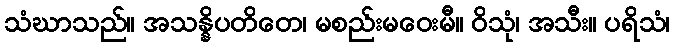
သံဃာသည်။ အသန္နိပတိတေ၊ မစည်းမဝေးမီ။ ဝိသုံ၊ အသီး။ ပရိသံ၊